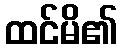
ထင်မိ၏